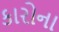
કારોના